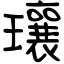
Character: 瓖